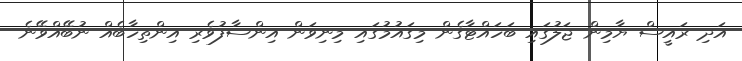
އަދި ރައީސް ޔާމިން ޖަލުގައި ބަހައްޓާގެން މިގައުމުގައި މިނިވަން އިންސާފުވެރި އިންތިހާބެއް ނުބޭއްވޭނެ